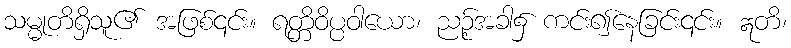
သမ္မုတိရှိသူ၏ အဖြစ်၎င်း။ ရတ္တိဝိပ္ပဝါယော၊ ညဉ့်အခါ၌ ကင်း၍နေခြင်း၎င်း။ ဣတိ၊